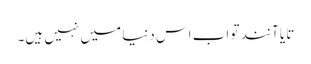
تایا آنند تو اب اس دنیا میں نہیں ہیں۔